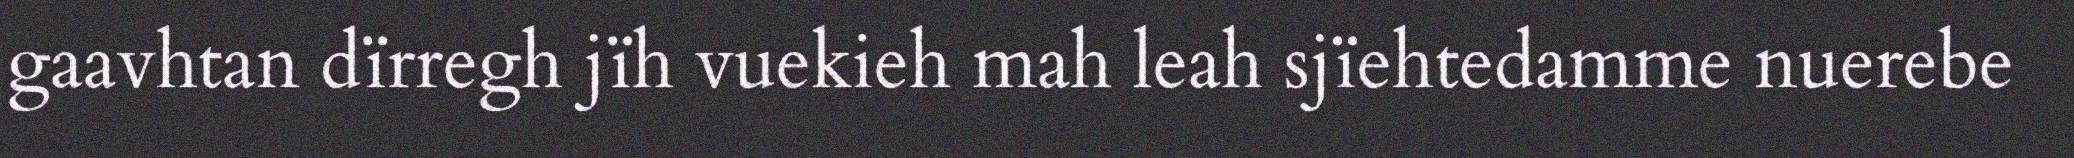
gaavhtan dïrregh jïh vuekieh mah leah sjïehtedamme nuerebe